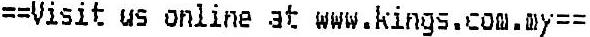
==VISIT US ONLINE AT WWW.KINGS.COM.MY==